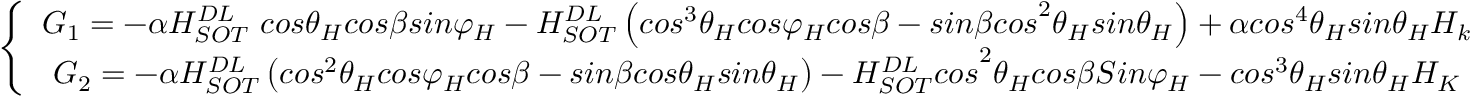
\left\{ \begin{array} { c } { G _ { 1 } = - \alpha H _ { { S O T \ } } ^ { D L } c o s { \theta } _ { H } c o s \beta s i n { \varphi } _ { H } - H _ { S O T } ^ { D L } \left( { c o s } ^ { 3 } { \theta } _ { H } c o s { \varphi } _ { H } c o s \beta - { s i n \beta c o s } ^ { 2 } { \theta } _ { H } s i n { \theta } _ { H } \right) + { \alpha c o s } ^ { 4 } { \theta } _ { H } s i n { \theta } _ { H } H _ { k { \ } } } \\ { { G _ { 2 } = - \alpha H _ { S O T } ^ { D L } \left( { c o s } ^ { 2 } { \theta } _ { H } c o s { \varphi } _ { H } c o s \beta - s i n \beta c o s { \theta } _ { H } s i n { \theta } _ { H } \right) - H _ { S O T } ^ { D L } c o s } ^ { 2 } { \theta } _ { H } c o s \beta S i n { \varphi } _ { H } - { c o s } ^ { 3 } { \theta } _ { H } s i n { \theta } _ { H } H _ { K { \ } } } \end{array} \right.